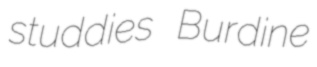
studdies Burdine